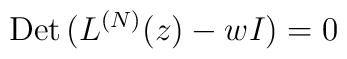
{\rm Det}\, (L^{(N)}(z)-w I) = 0